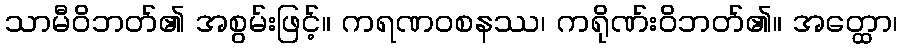
သာမီဝိဘတ်၏ အစွမ်းဖြင့်။ ကရဏဝစနဿ၊ ကရိုဏ်းဝိဘတ်၏။ အတ္ထော၊